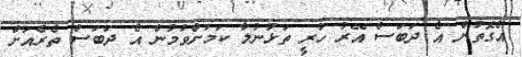
އެގޮތުން އެ ދަބަސް އޭރު ހުރީ ތަޅުނުލާ ކަމަށްވުމުން އެ ދަބަސް ތެރެއަށް